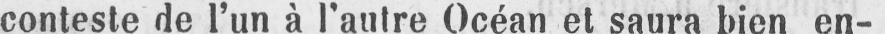
conteste de l’un à l’autre Océan et saura bien en-